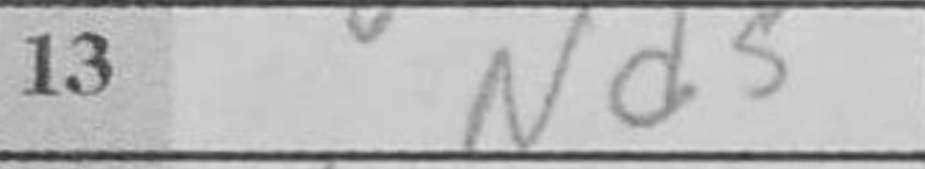
Transcription: Nd5